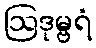
ဩဒုမ္ဗရံ